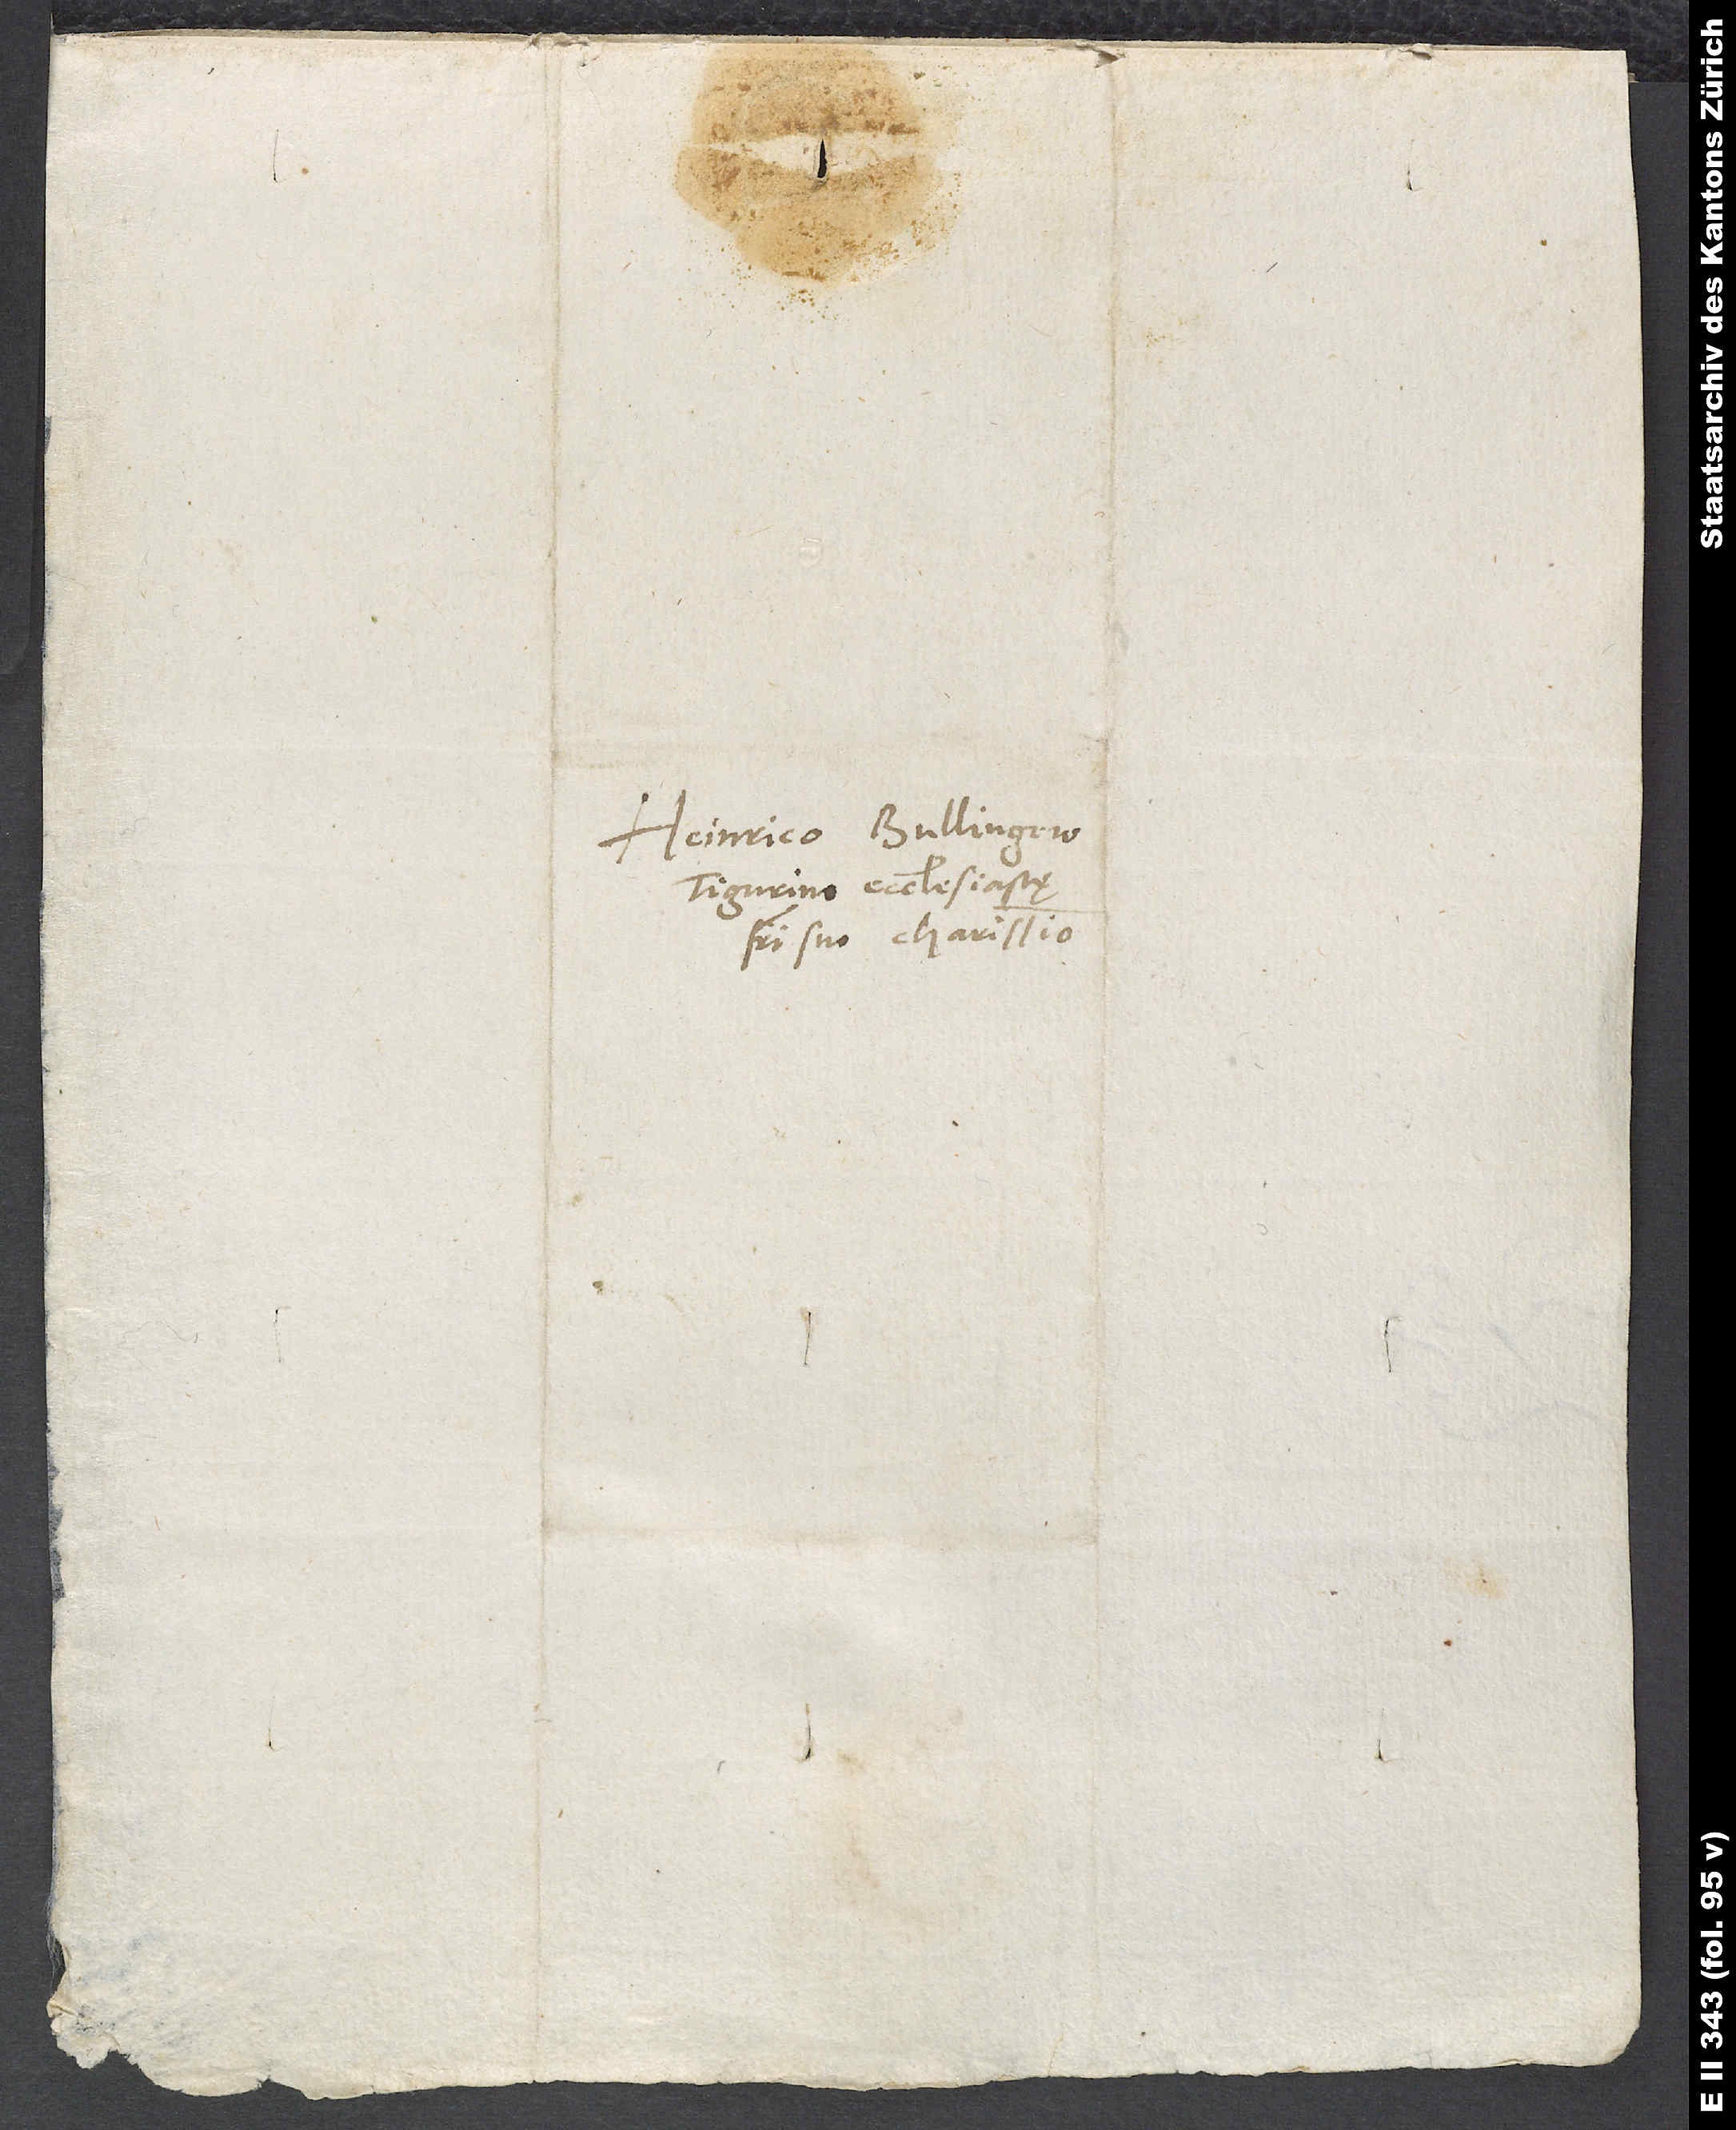
Heinrico Bullingero,
Tigurino ecclesiastę,
fratri suo charissimo.